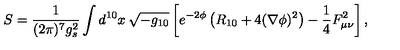
S = \frac { 1 } { ( 2 \pi ) ^ { 7 } g _ { s } ^ { 2 } } \int d ^ { 1 0 } x \: \sqrt { - g _ { 1 0 } } \left[ e ^ { - 2 \phi } \left( R _ { 1 0 } + 4 ( \nabla \phi ) ^ { 2 } \right) - \frac { 1 } { 4 } F _ { \mu \nu } ^ { 2 } \right] ,